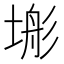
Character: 𭎿